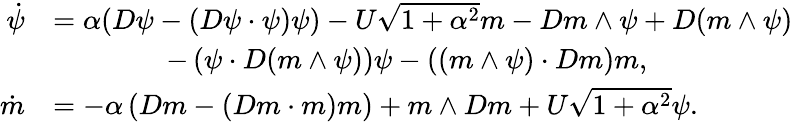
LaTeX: \begin{array}{rl}{\dot{\psi}}&{=\alpha(D\psi-(D\psi\cdot\psi)\psi)-U\sqrt{1+\alpha^{2}}m-Dm\wedge\psi+D(m\wedge\psi)}\\ &{\qquad\qquad-\left(\psi\cdot D(m\wedge\psi)\right)\psi-\left((m\wedge\psi)\cdot Dm\right)m,}\\ {\dot{m}}&{=-\alpha\left(Dm-(Dm\cdot m)m\right)+m\wedge Dm+U\sqrt{1+\alpha^{2}}\psi.}\end{array}